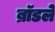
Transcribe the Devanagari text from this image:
ब्रॉडले